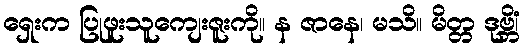
ရှေးက ပြုဖူးသူကျေးဇူးကို။ န ဇာနေ၊ မသိ။ မိတ္တ ဒုဗ္ဘိံ၊